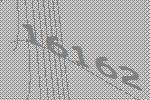
16162